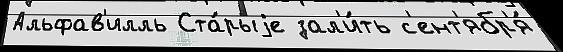
Альфав'илль Ста́рыjе зал'и́ть с'ент'ябр'я́